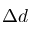
\Delta d